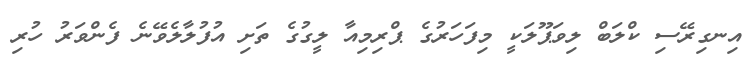
އިނގިރޭސި ކްލަބް ލިވަޕޫލަކީ މިފަހަރުގެ ޕްރިމިއާ ލީގުގެ ތަށި އުފުލާލެވޭނެ ފެންވަރު ހުރި